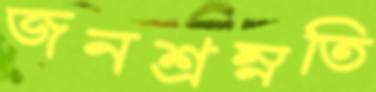
জনশ্রম্নতি